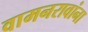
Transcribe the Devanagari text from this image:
वामनरावांना